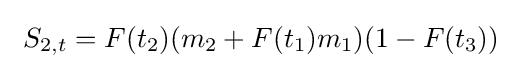
\ S_{2,t}=F(t_{2})(m_{2}+F(t_{1})m_{1})(1-F(t_{3}))